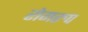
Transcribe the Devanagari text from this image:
रोगरुप